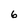
Character: 6